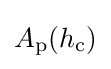
A_{\text{p}}(h_{\text{c}})